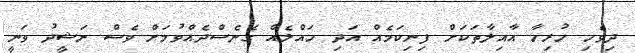
ދިވެހި ހުރިހާ އާއިލާތަކަށް ފިނިކަމެއް އަދި ހައްލެއް ގެނެސްދެއްވުމަށް ވެސް ނަޝީދު ވަނީ